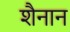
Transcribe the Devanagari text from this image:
शैनान